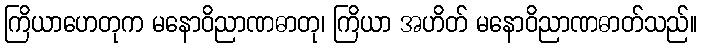
ကြိယာဟေတုက မနောဝိညာဏဓာတု၊ ကြိယာ အဟိတ် မနောဝိညာဏဓာတ်သည်။